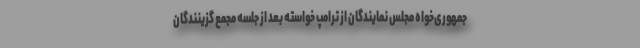
جمهوری‌خواه مجلس نمایندگان از ترامپ خواسته بعد از جلسه مجمع گزینندگان